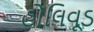
હોલિવૂડ